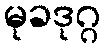
မုခဒုဂ္ဂ